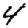
Digit: 4